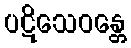
ပဋိသေဝန္တေ